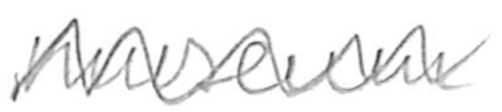
Text: museum
Cross-out: zig-zag
Writing tool: pencil